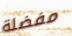
مفضلة